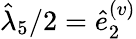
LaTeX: \hat{\lambda}_{5}/2=\hat{e}_{2}^{(v)}